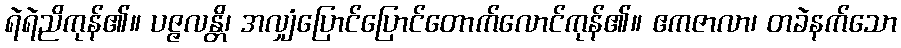
ရဲရဲညိကုန်၏။ ပဇ္ဇလန္တိ၊ အလျှံပြောင်ပြောင်တောက်လောင်ကုန်၏။ ဧကဇာလာ၊ တခဲနက်သော